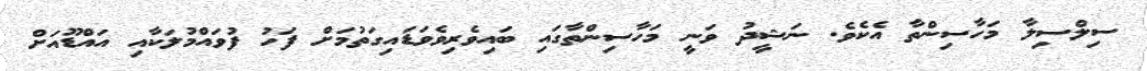
ސިލްސިލާ މަހާސިންތާ އެކެވެ. ނަޝީދު ވަނީ މަހާސިންތާގައި ބައިވެރިވެވަޑައިގަތުމަށް ފަހު ފުވައްމުލަކާއި އައްޑޫއަށް